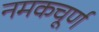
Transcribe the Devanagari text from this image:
नमकचूर्ण